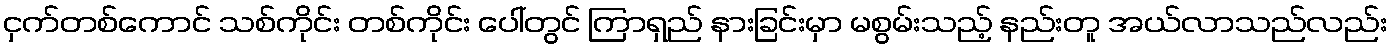
ငှက်တစ်ကောင် သစ်ကိုင်း တစ်ကိုင်း ပေါ်တွင် ကြာရှည် နားခြင်းမှာ မစွမ်းသည့် နည်းတူ အယ်လာသည်လည်း